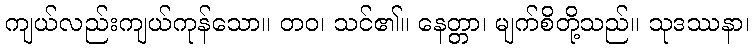
ကျယ်လည်းကျယ်ကုန်သော။ တဝ၊ သင်၏။ နေတ္တာ၊ မျက်စိတို့သည်။ သုဒဿနာ၊